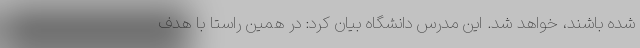
شده باشند، خواهد شد. این مدرس دانشگاه بیان کرد: در همین راستا با هدف